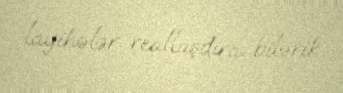
layihələr reallaşdıra bilərik.